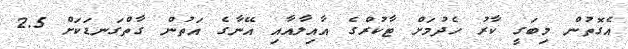
އެގޮތުން މިބަގީ ކާރު ހެދުމަށް ޓާކުރްގެ އާއިލާއާއި އޭނާގެ އަތުން ގާތްގަނޑަކަށް 2.5